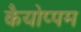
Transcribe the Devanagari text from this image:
कैयोप्पम